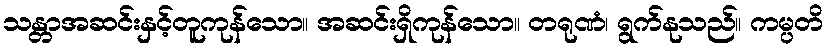
သန္တာအဆင်းနှင့်တူကုန်သော။ အဆင်းရှိကုန်သော။ တရုဏံ၊ ရွက်နုသည်။ ကမ္ပတိ